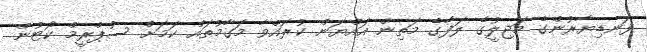
ފަނޑިޔާރުންގެ މަޖިލީުގެ ލަފާގެ މަތިން އައްޔަން ކުރައްވާ މަގާމުތައް ކަމަށް ސުޕްރީމް ކޯޓުން